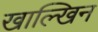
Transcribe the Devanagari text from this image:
खाल्खिन